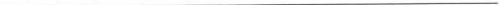
___